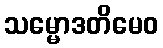
သမ္မောဒတိမေဝ